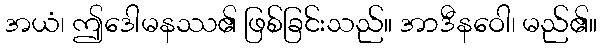
အယံ၊ ဤဒေါမနဿ၏ ဖြစ်ခြင်းသည်။ အာဒီနဝေါ၊ မည်၏။